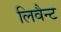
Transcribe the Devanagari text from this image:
लिवैन्ट